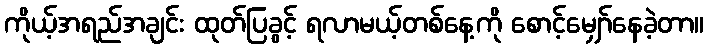
ကိုယ့်အရည်အချင်း ထုတ်ပြခွင့် ရလာမယ့်တစ်နေ့ကို စောင့်မျှော်နေခဲ့တာ။